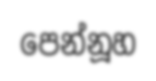
පෙන්නූහ